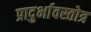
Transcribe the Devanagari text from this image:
प्रादुर्भावस्तोत्र